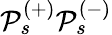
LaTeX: \mathcal{P}_{s}^{(+)}\mathcal{P}_{s}^{(-)}